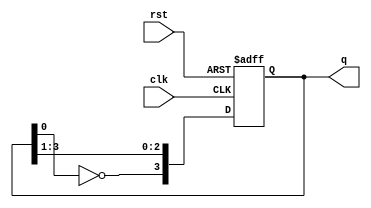
module johnson_counter (
    input wire clk,          // Clock signal
    input wire rst,          // Asynchronous reset
    output reg [3:0] q       // 4-bit output representing the state
);

    // Johnson counter logic
    always @(negedge clk or posedge rst) begin
        if (rst) begin
            q <= 4'b0000; // Reset the counter to 0
        end else begin
            // The Johnson counter logic: for 4 flip-flops
            q[3] <= ~q[0]; // Feedback from last flip-flop
            q[2] <= q[3];
            q[1] <= q[2];
            q[0] <= q[1];
        end
    end

endmodule